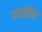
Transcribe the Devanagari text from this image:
मोएरिस